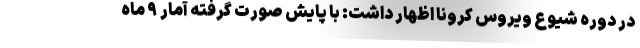
در دوره شیوع ویروس کرونا اظهار داشت: با پایش صورت گرفته آمار ۹ ماه